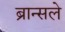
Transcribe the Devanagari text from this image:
ब्रान्सले